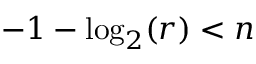
- 1 - \log _ { 2 } ( r ) < n